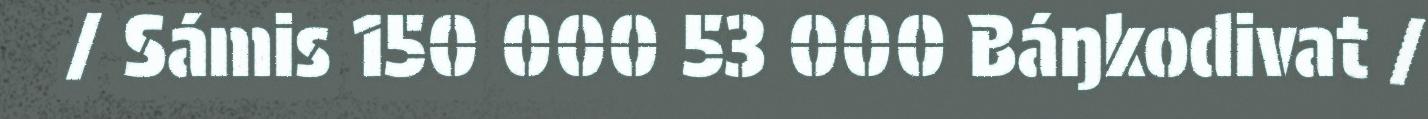
/ Sámis 150 000 53 000 Báŋkodivat /